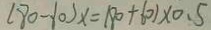
( 8 0 - 1 0 ) x = ( 8 0 + 6 0 ) \times 0 . 5